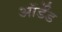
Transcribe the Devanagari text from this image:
ऑर्डेंड